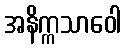
အနိက္ကသာဝေါ